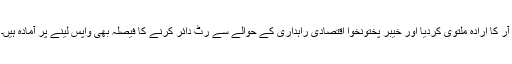
آر کا ارادہ ملتوی کردیا اور خیبر پختونخوا اقتصادی راہداری کے حوالے سے رٹ دائر کرنے کا فیصلہ بھی واپس لینے پر آمادہ ہیں۔